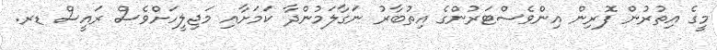
މީގެ އިތުރުން ފޮރިން އިންވެސްޓަރުންގެ އިތުބާރު ނަގާލަމުންދާ ކަމަށާއި މަޖިލީހަށްވެސް ރައީސް ޑރ.